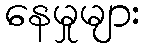
နေမှုများ